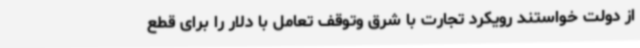
از دولت خواستند رویکرد تجارت با شرق وتوقف تعامل با دلار را برای قطع